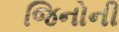
જિનોની